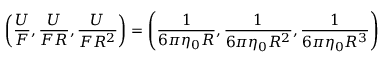
\left( \frac { U } { F } , \frac { U } { F R } , \frac { U } { F R ^ { 2 } } \right) = \left( \frac { 1 } { 6 \pi \eta _ { 0 } R } , \frac { 1 } { 6 \pi \eta _ { 0 } R ^ { 2 } } , \frac { 1 } { 6 \pi \eta _ { 0 } R ^ { 3 } } \right)